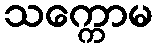
သက္ကောမ